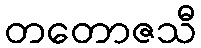
တတောဇသီ